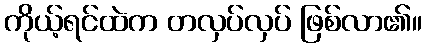
ကိုယ့်ရင်ထဲက တလှပ်လှပ် ဖြစ်လာ၏။